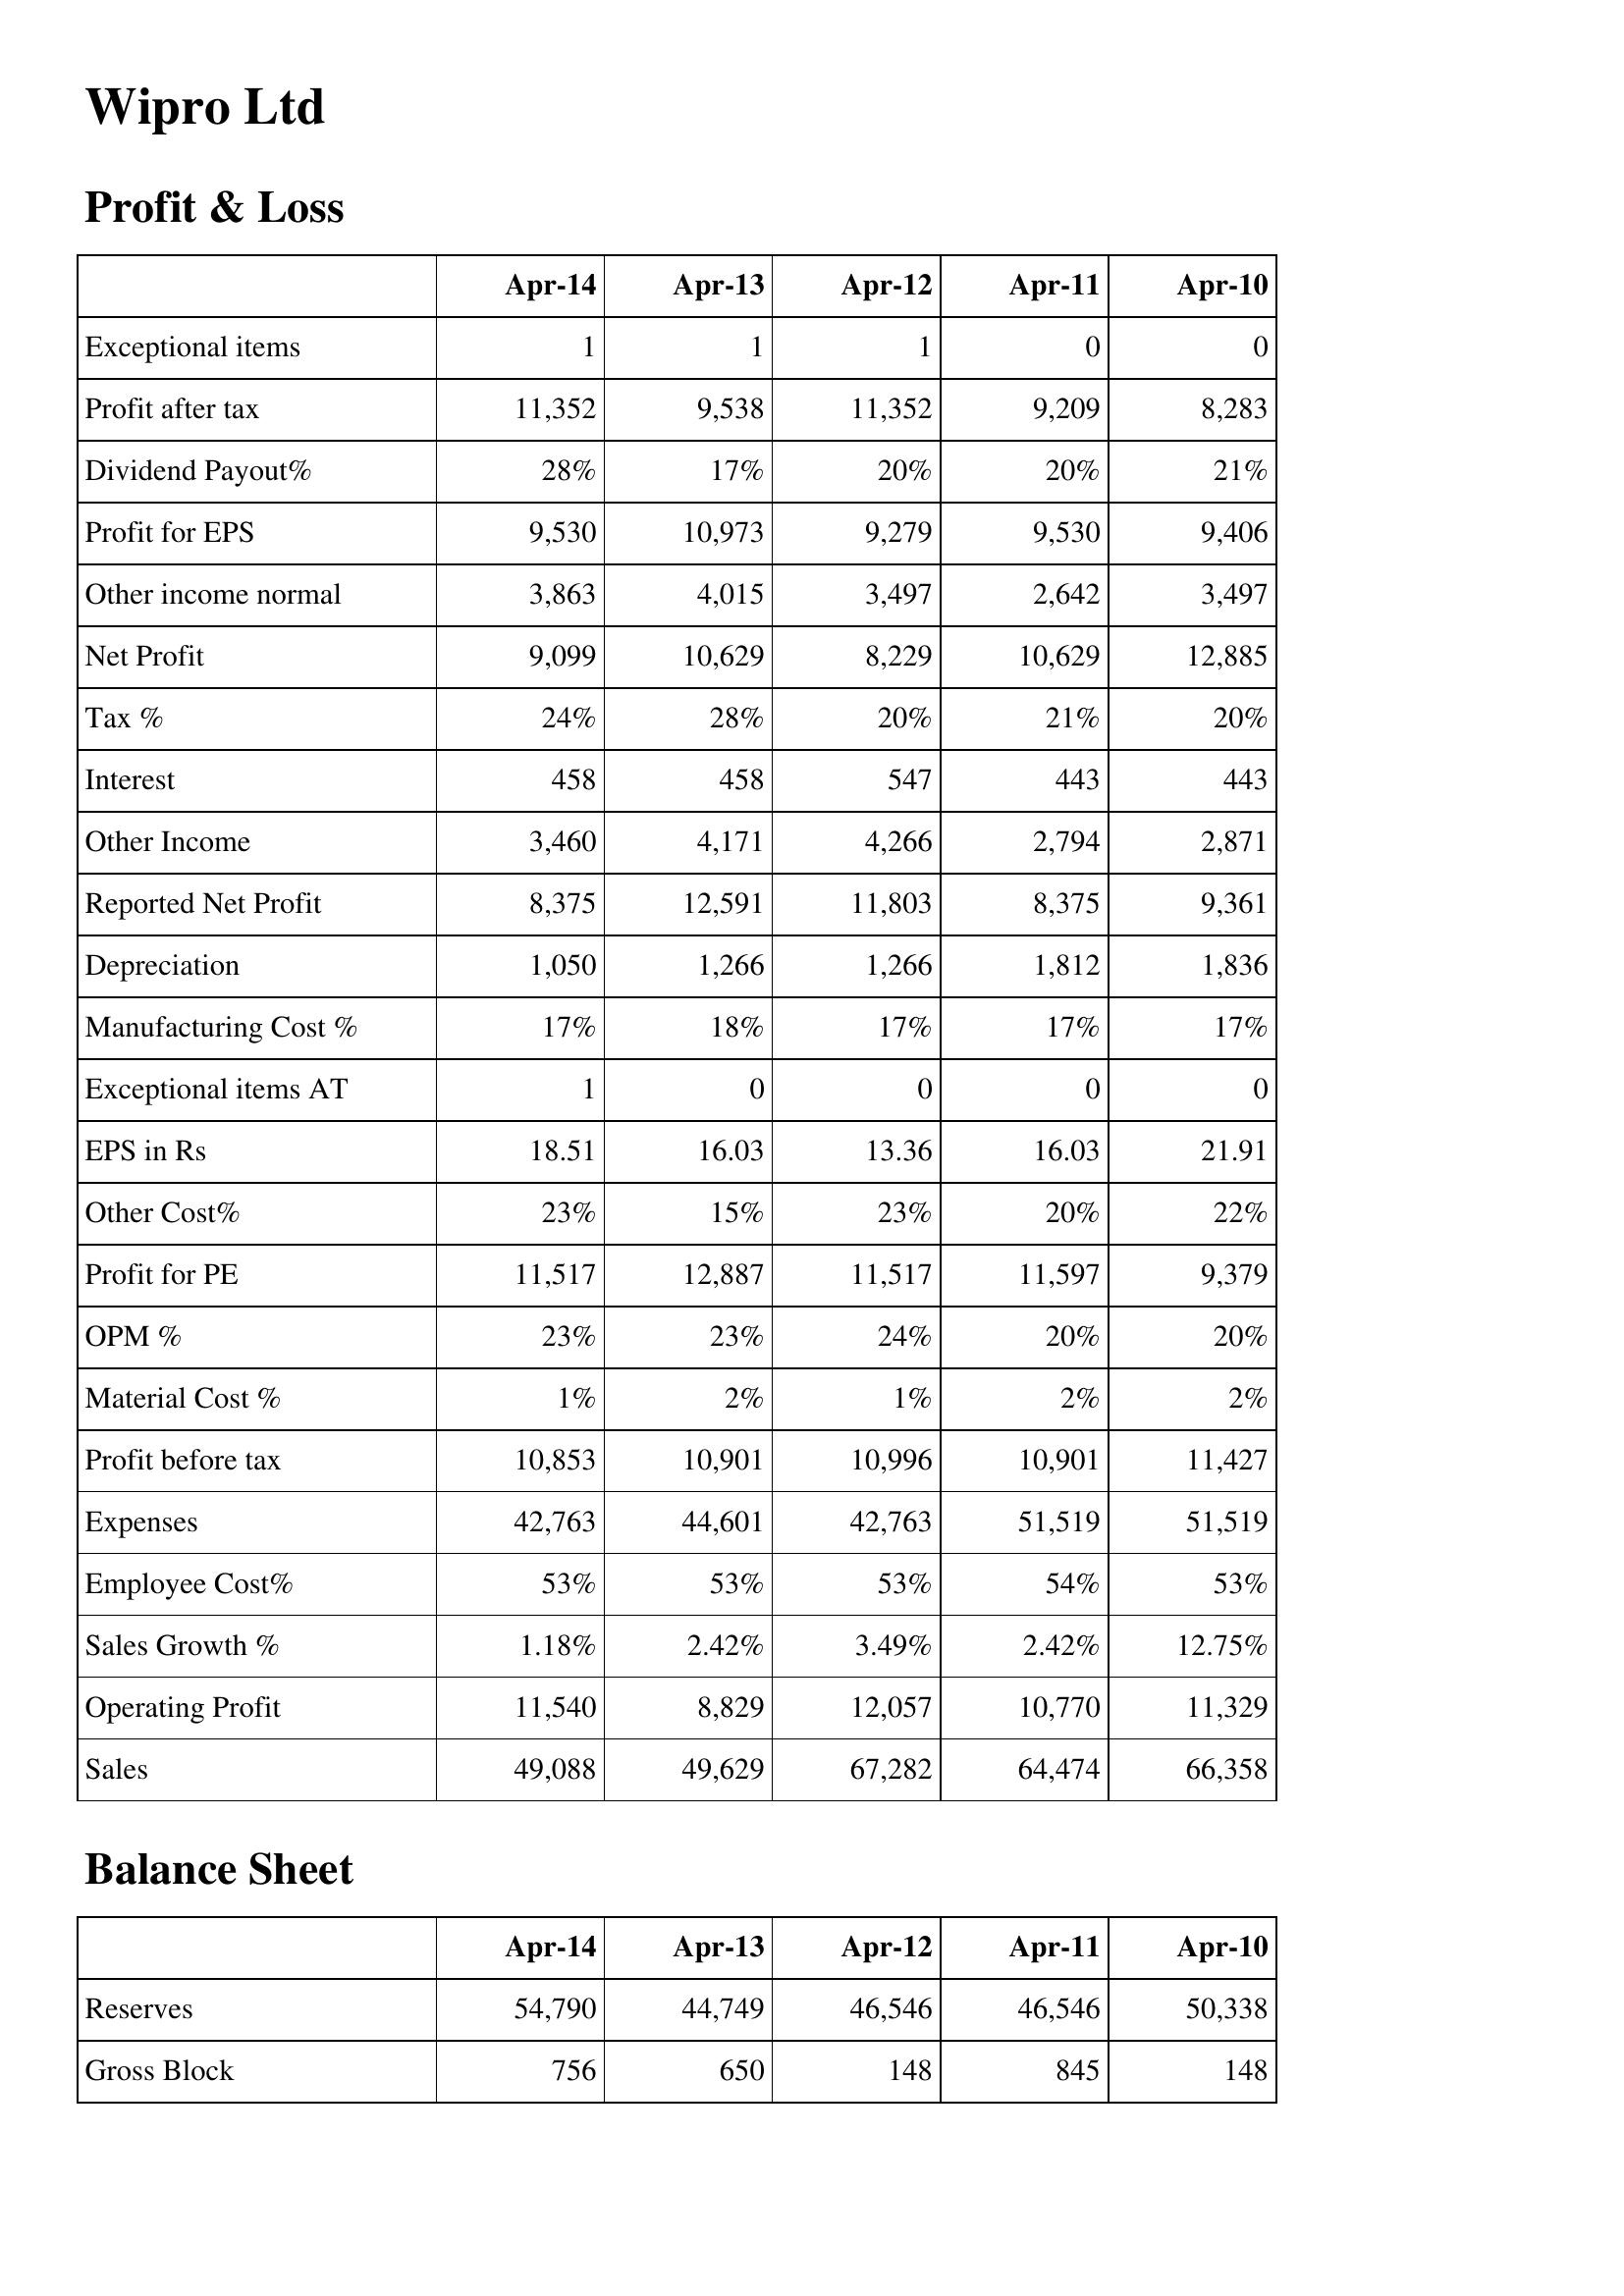
Apr-14: Profit & Loss: Exceptional items: 1
Profit after tax: 11,352
Dividend Payout%: 28%
Profit for EPS: 9,530
Other income normal: 3,863
Net Profit: 9,099
Tax %: 24%
Interest: 458
Other Income: 3,460
Reported Net Profit: 8,375
Depreciation: 1,050
Manufacturing Cost %: 17%
Exceptional items AT: 1
EPS in Rs: 18.51
Other Cost%: 23%
Profit for PE: 11,517
OPM %: 23%
Material Cost %: 1%
Profit before tax: 10,853
Expenses: 42,763
Employee Cost%: 53%
Sales Growth %: 1.18%
Operating Profit: 11,540
Sales: 49,088
Balance Sheet: Reserves: 54,790
Gross Block: 756
Apr-13: Profit & Loss: Exceptional items: 1
Profit after tax: 9,538
Dividend Payout%: 17%
Profit for EPS: 10,973
Other income normal: 4,015
Net Profit: 10,629
Tax %: 28%
Interest: 458
Other Income: 4,171
Reported Net Profit: 12,591
Depreciation: 1,266
Manufacturing Cost %: 18%
Exceptional items AT: 0
EPS in Rs: 16.03
Other Cost%: 15%
Profit for PE: 12,887
OPM %: 23%
Material Cost %: 2%
Profit before tax: 10,901
Expenses: 44,601
Employee Cost%: 53%
Sales Growth %: 2.42%
Operating Profit: 8,829
Sales: 49,629
Balance Sheet: Reserves: 44,749
Gross Block: 650
Apr-12: Profit & Loss: Exceptional items: 1
Profit after tax: 11,352
Dividend Payout%: 20%
Profit for EPS: 9,279
Other income normal: 3,497
Net Profit: 8,229
Tax %: 20%
Interest: 547
Other Income: 4,266
Reported Net Profit: 11,803
Depreciation: 1,266
Manufacturing Cost %: 17%
Exceptional items AT: 0
EPS in Rs: 13.36
Other Cost%: 23%
Profit for PE: 11,517
OPM %: 24%
Material Cost %: 1%
Profit before tax: 10,996
Expenses: 42,763
Employee Cost%: 53%
Sales Growth %: 3.49%
Operating Profit: 12,057
Sales: 67,282
Balance Sheet: Reserves: 46,546
Gross Block: 148
Apr-11: Profit & Loss: Exceptional items: 0
Profit after tax: 9,209
Dividend Payout%: 20%
Profit for EPS: 9,530
Other income normal: 2,642
Net Profit: 10,629
Tax %: 21%
Interest: 443
Other Income: 2,794
Reported Net Profit: 8,375
Depreciation: 1,812
Manufacturing Cost %: 17%
Exceptional items AT: 0
EPS in Rs: 16.03
Other Cost%: 20%
Profit for PE: 11,597
OPM %: 20%
Material Cost %: 2%
Profit before tax: 10,901
Expenses: 51,519
Employee Cost%: 54%
Sales Growth %: 2.42%
Operating Profit: 10,770
Sales: 64,474
Balance Sheet: Reserves: 46,546
Gross Block: 845
Apr-10: Profit & Loss: Exceptional items: 0
Profit after tax: 8,283
Dividend Payout%: 21%
Profit for EPS: 9,406
Other income normal: 3,497
Net Profit: 12,885
Tax %: 20%
Interest: 443
Other Income: 2,871
Reported Net Profit: 9,361
Depreciation: 1,836
Manufacturing Cost %: 17%
Exceptional items AT: 0
EPS in Rs: 21.91
Other Cost%: 22%
Profit for PE: 9,379
OPM %: 20%
Material Cost %: 2%
Profit before tax: 11,427
Expenses: 51,519
Employee Cost%: 53%
Sales Growth %: 12.75%
Operating Profit: 11,329
Sales: 66,358
Balance Sheet: Reserves: 50,338
Gross Block: 148